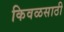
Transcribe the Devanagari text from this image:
किवळसाठी